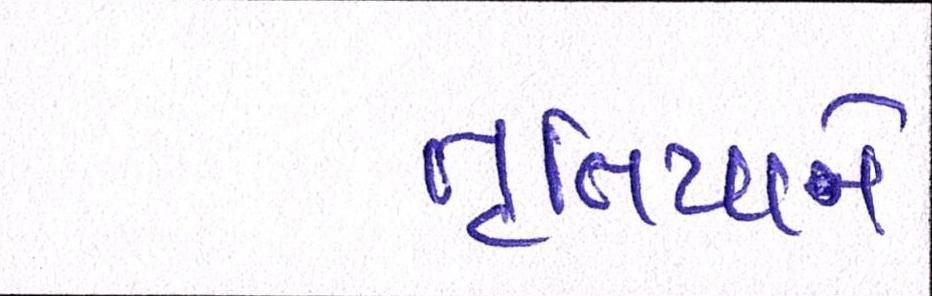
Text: તૃતિયાને